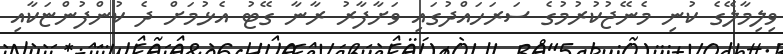
ވިލިމާލޭގެ ކުނި މެނޭޖުކުރުމުގެ ސަރަހައްދުގައި ވަށާފާރު ރާނާ ގޭޓު އެޅުމަށް ދެ ކުންފުންޏަކާއި